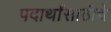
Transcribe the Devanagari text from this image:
पदार्थांसाठीचे